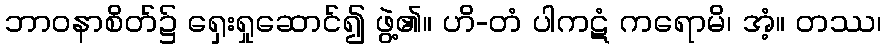
ဘာဝနာစိတ်၌ ရှေးရှုဆောင်၍ ဖွဲ့၏။ ဟိ-တံ ပါကဋံ ကရောမိ၊ အံ့။ တဿ၊